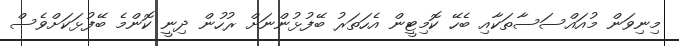
މިނިވަން މުއައްސަސާތަކާއި ބެހޭ ކޮމިޓީން އެހަތަރު ބޭފުޅުންނަށް ރުހުން ދިނީ ކޮންމެ ބޭފުޅަކަށްވެސް